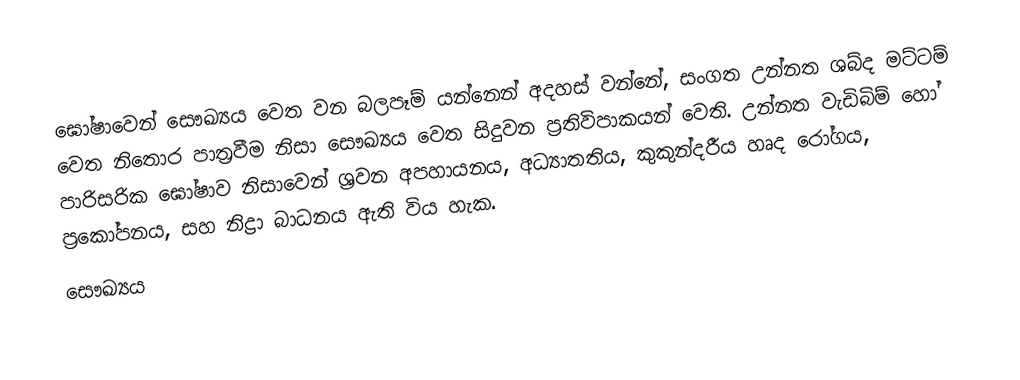
ඝෝෂාවෙන් සෞඛ්‍යය වෙත වන බලපෑම් යන්නෙන් අදහස් වන්නේ, සංගත උන්නත ශබ්ද මට්ටම් වෙත නිතොර පාත්‍රවීම නිසා සෞඛ්‍යය වෙත සිදුවන ප්‍රතිවිපාකයන් වෙති.  උන්නත වැඩිබිම් හෝ පාරිසරික ඝෝෂාව නිසාවෙන් ශ්‍රවන අපහායනය, අධ්‍යාතතිය, කුකුන්දරීය හෘද රෝගය, ප්‍රකෝපනය, සහ නිද්‍රා බාධනය ඇති විය හැක.
සෞඛ්‍යය